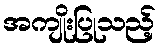
အကျိုးပြုသည့်